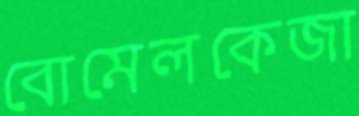
বোমেলকেজা